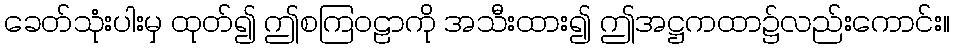
ခေတ်သုံးပါးမှ ထုတ်၍ ဤစကြဝဠာကို အသီးထား၍ ဤအဋ္ဌကထာ၌လည်းကောင်း။